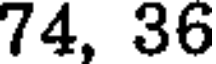
74, 36